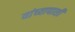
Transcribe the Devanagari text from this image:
यांच्यापाशी